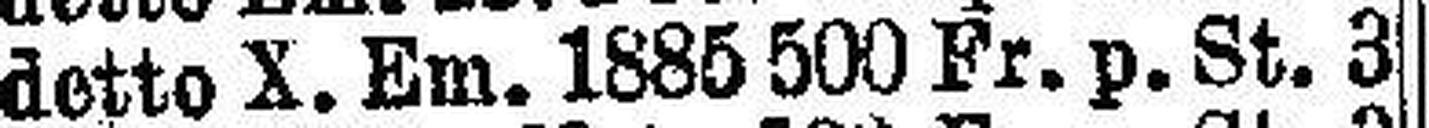
dette X. Em. 1885 500 Fr. p. St. 3